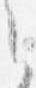
之